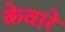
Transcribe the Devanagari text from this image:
केवारे